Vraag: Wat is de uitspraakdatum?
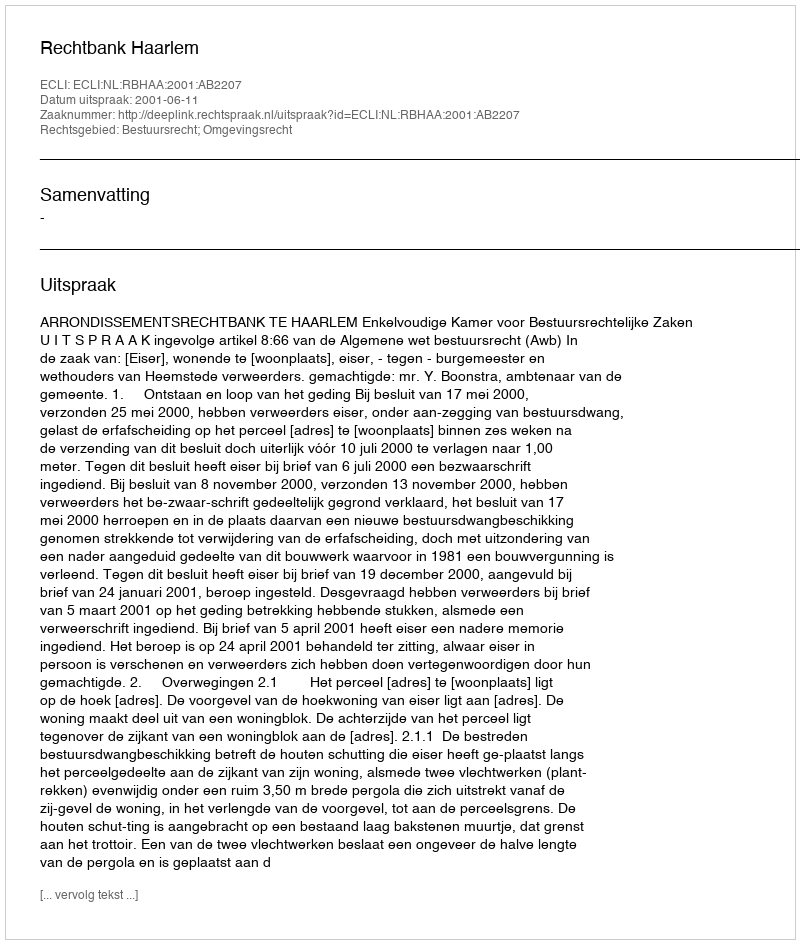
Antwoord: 2001-06-11